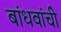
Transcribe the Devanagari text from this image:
बांधवांचीे